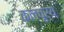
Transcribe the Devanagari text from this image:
कलचूर्य